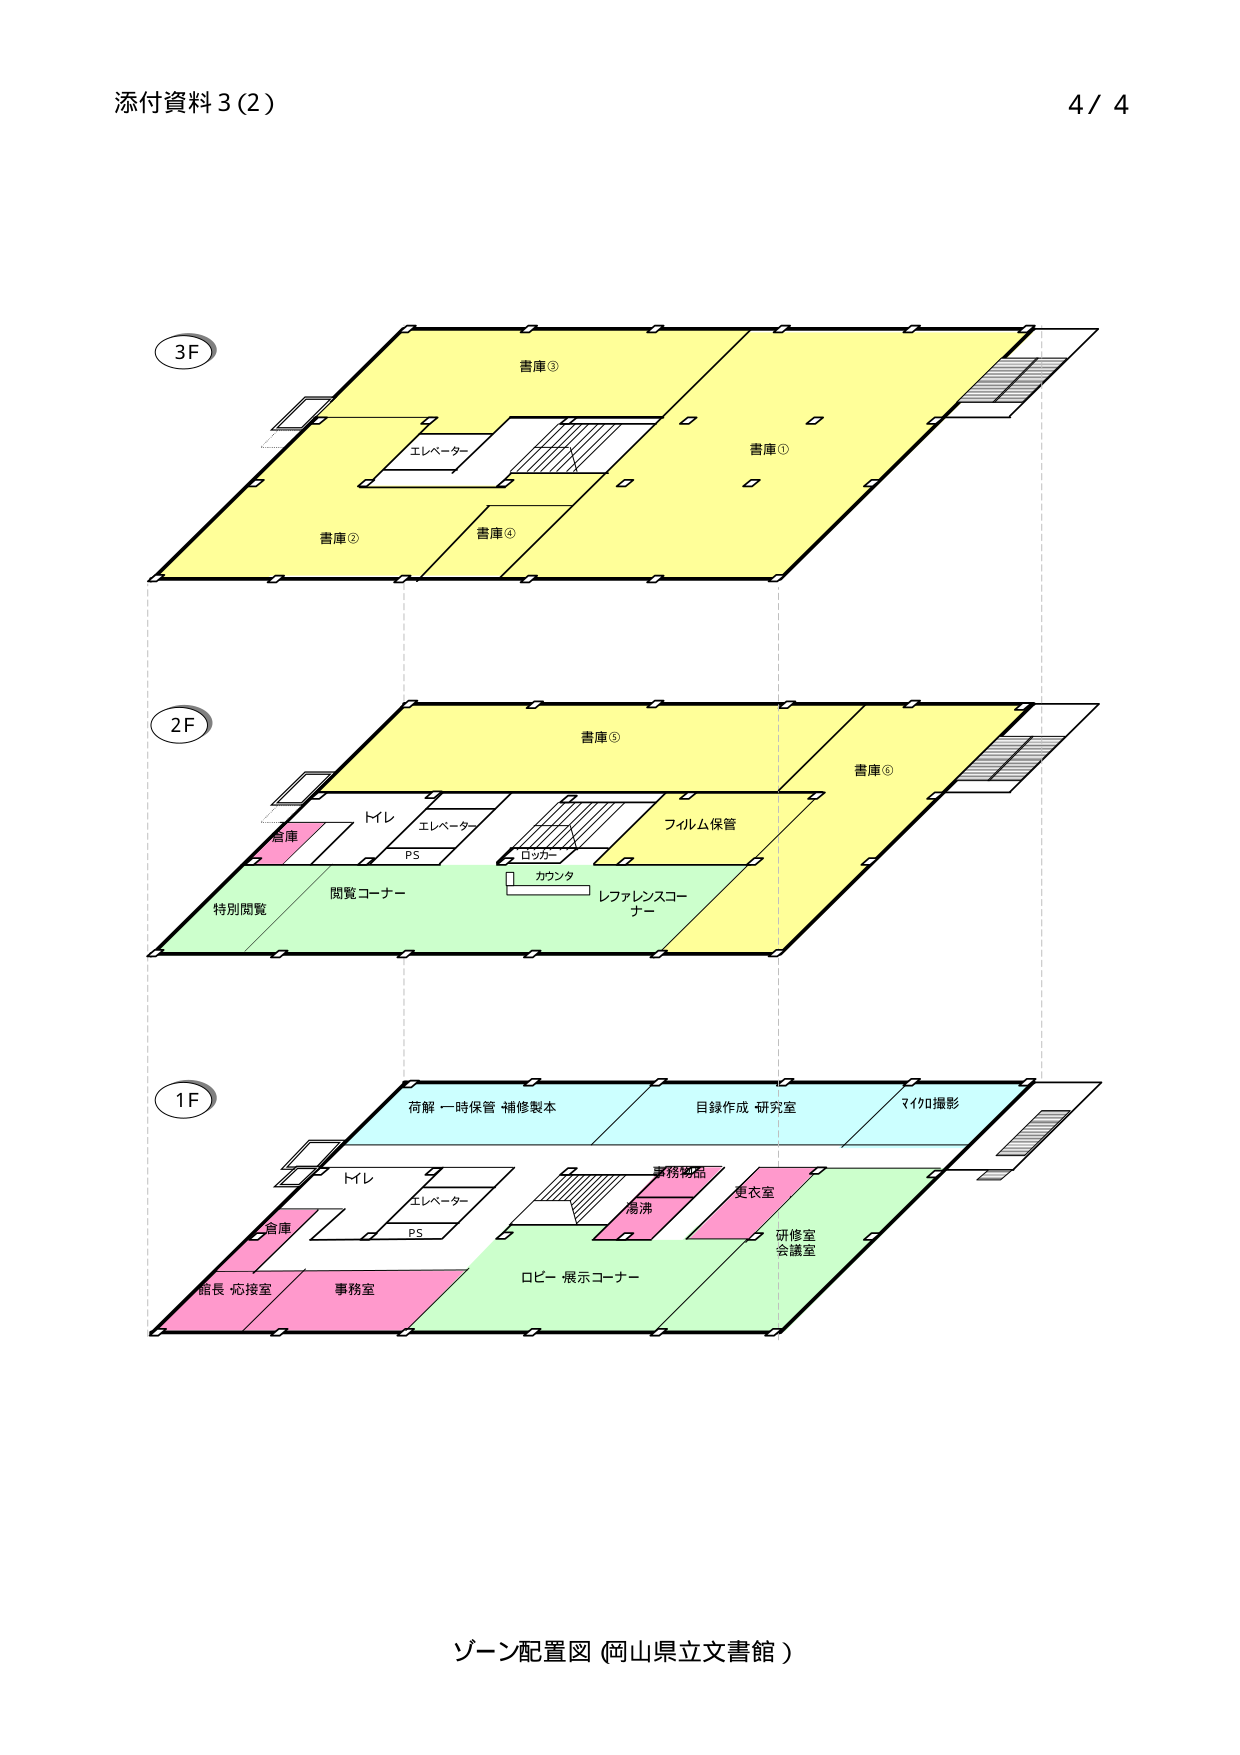
添付資料3(2)
4 / 4

3F
書庫③
エレベーター
書庫①
書庫②
書庫④

2F
書庫⑤
書庫⑥
トイレ
エレベーター
PS
フィルム保管
ロッカー
カウンタ
特別閲覧
閲覧コーナー
レファレンスコーナー

1F
荷解・一時保管・補修製本
目録作成 研究室
マイクロ撮影
トイレ
エレベーター
PS
事務用品
清掃
更衣室
研修室
会議室
ロビー・展示コーナー
倉庫
館長・応接室
事務室

ゾーン配置図（岡山県立文書館）